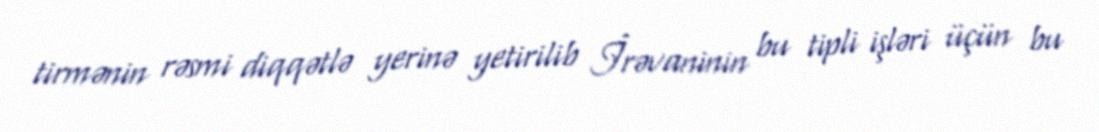
tirmənin rəsmi diqqətlə yerinə yetirilib İrəvaninin bu tipli işləri üçün bu